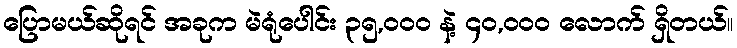
ပြောမယ်ဆိုရင် အခုက မဲရုံပေါင်း ၃၅,၀၀၀ နဲ့ ၄၀,၀၀၀ လောက် ရှိတယ်။